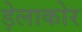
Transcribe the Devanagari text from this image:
ड़ेलाकोर